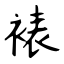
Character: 裱